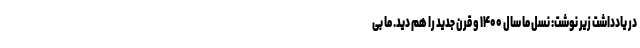
در یادداشت زیر نوشت: نسل ما سال ۱۴۰۰ و قرن جدید را هم دید. ما بی‌